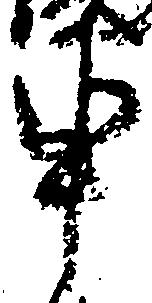
申